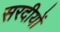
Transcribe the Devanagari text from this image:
सरदीयों